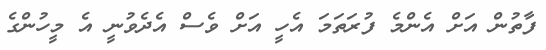
ފާތުން އަށް އެންމެ ފުރަތަމަ އެހީ އަށް ވެސް އެދެވުނީ އެ މީހުންގެ